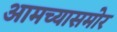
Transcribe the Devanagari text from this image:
आमच्यासमोर